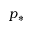
p _ { * }